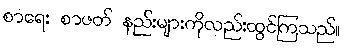
စာရေး စာဖတ် နည်းများကိုလည်းထွင်ကြသည်။